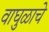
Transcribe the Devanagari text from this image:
वाघुळाचे